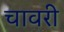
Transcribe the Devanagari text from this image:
चावरी